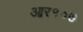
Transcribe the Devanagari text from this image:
आर१०७